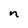
Character: n